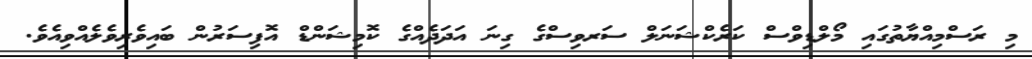
މި ރަސްމިއްޔާތުގައި މޯލްޑިވްސް ކަރެކްޝަނަލް ސަރވިސްގެ ގިނަ އަދަދެއްގެ ކޮމިޝަންޑް އޮފިސަރުން ބައިވެރިވެލެއްވިއެވެ.